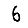
Digit: 6